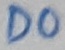
Text: D0